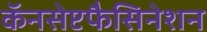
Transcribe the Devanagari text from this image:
कॅनसेप्टफैसिनेशन